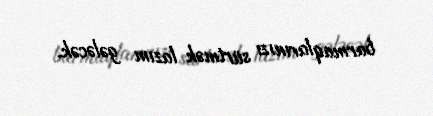
barmaqlarınızı sürtmək lazım gələcək.